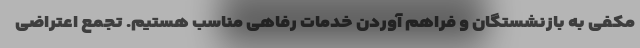
مکفی به بازنشستگان و فراهم آوردن خدمات رفاهی مناسب هستیم. تجمع اعتراضی